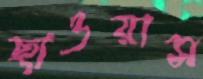
ছাওয়াস